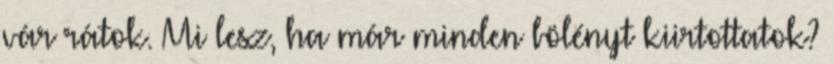
vár rátok. Mi lesz, ha már minden bölényt kiirtottatok?